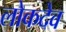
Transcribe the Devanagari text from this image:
लोकदेव